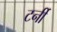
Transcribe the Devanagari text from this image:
टर्नी